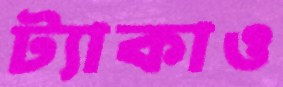
ট্যাকাও